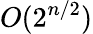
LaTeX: O(2^{n/2})